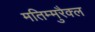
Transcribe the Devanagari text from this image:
मतिम्मुरैक्ल